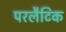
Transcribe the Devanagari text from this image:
परलैटिक